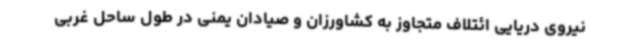
نیروی دریایی ائتلاف متجاوز به کشاورزان و صیادان یمنی در طول ساحل غربی